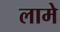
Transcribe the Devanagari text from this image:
लामे